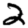
Digit: 2